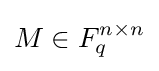
M\in F_{q}^{n\times n}